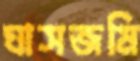
ঘাসজমি